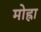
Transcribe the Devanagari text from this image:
मोह्रा